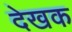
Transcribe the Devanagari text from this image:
देखक